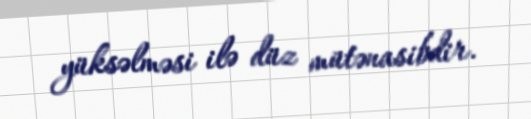
yüksəlməsi ilə düz mütənasibdir.